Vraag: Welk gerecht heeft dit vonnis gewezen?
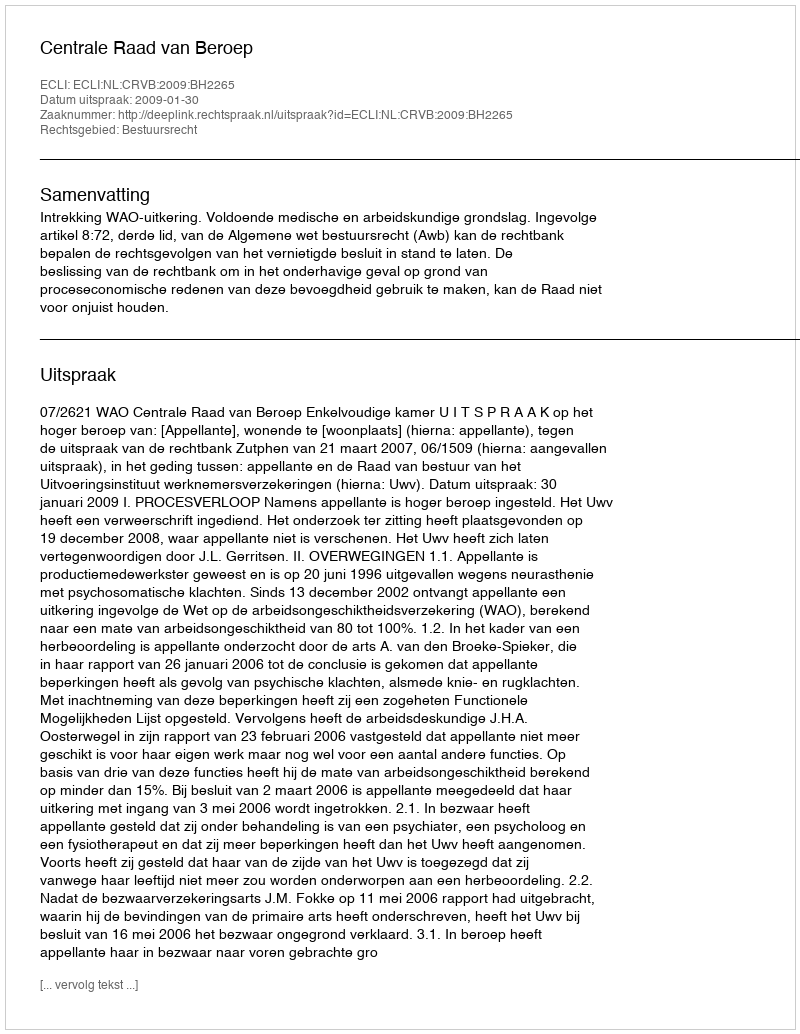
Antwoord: Centrale Raad van Beroep